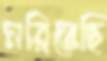
মরিতেছি